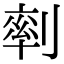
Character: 𠞩